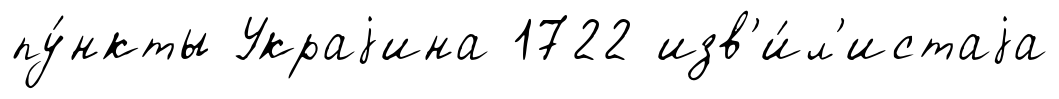
пу́нкты Украjина 1722 изв'и́л'истаjа